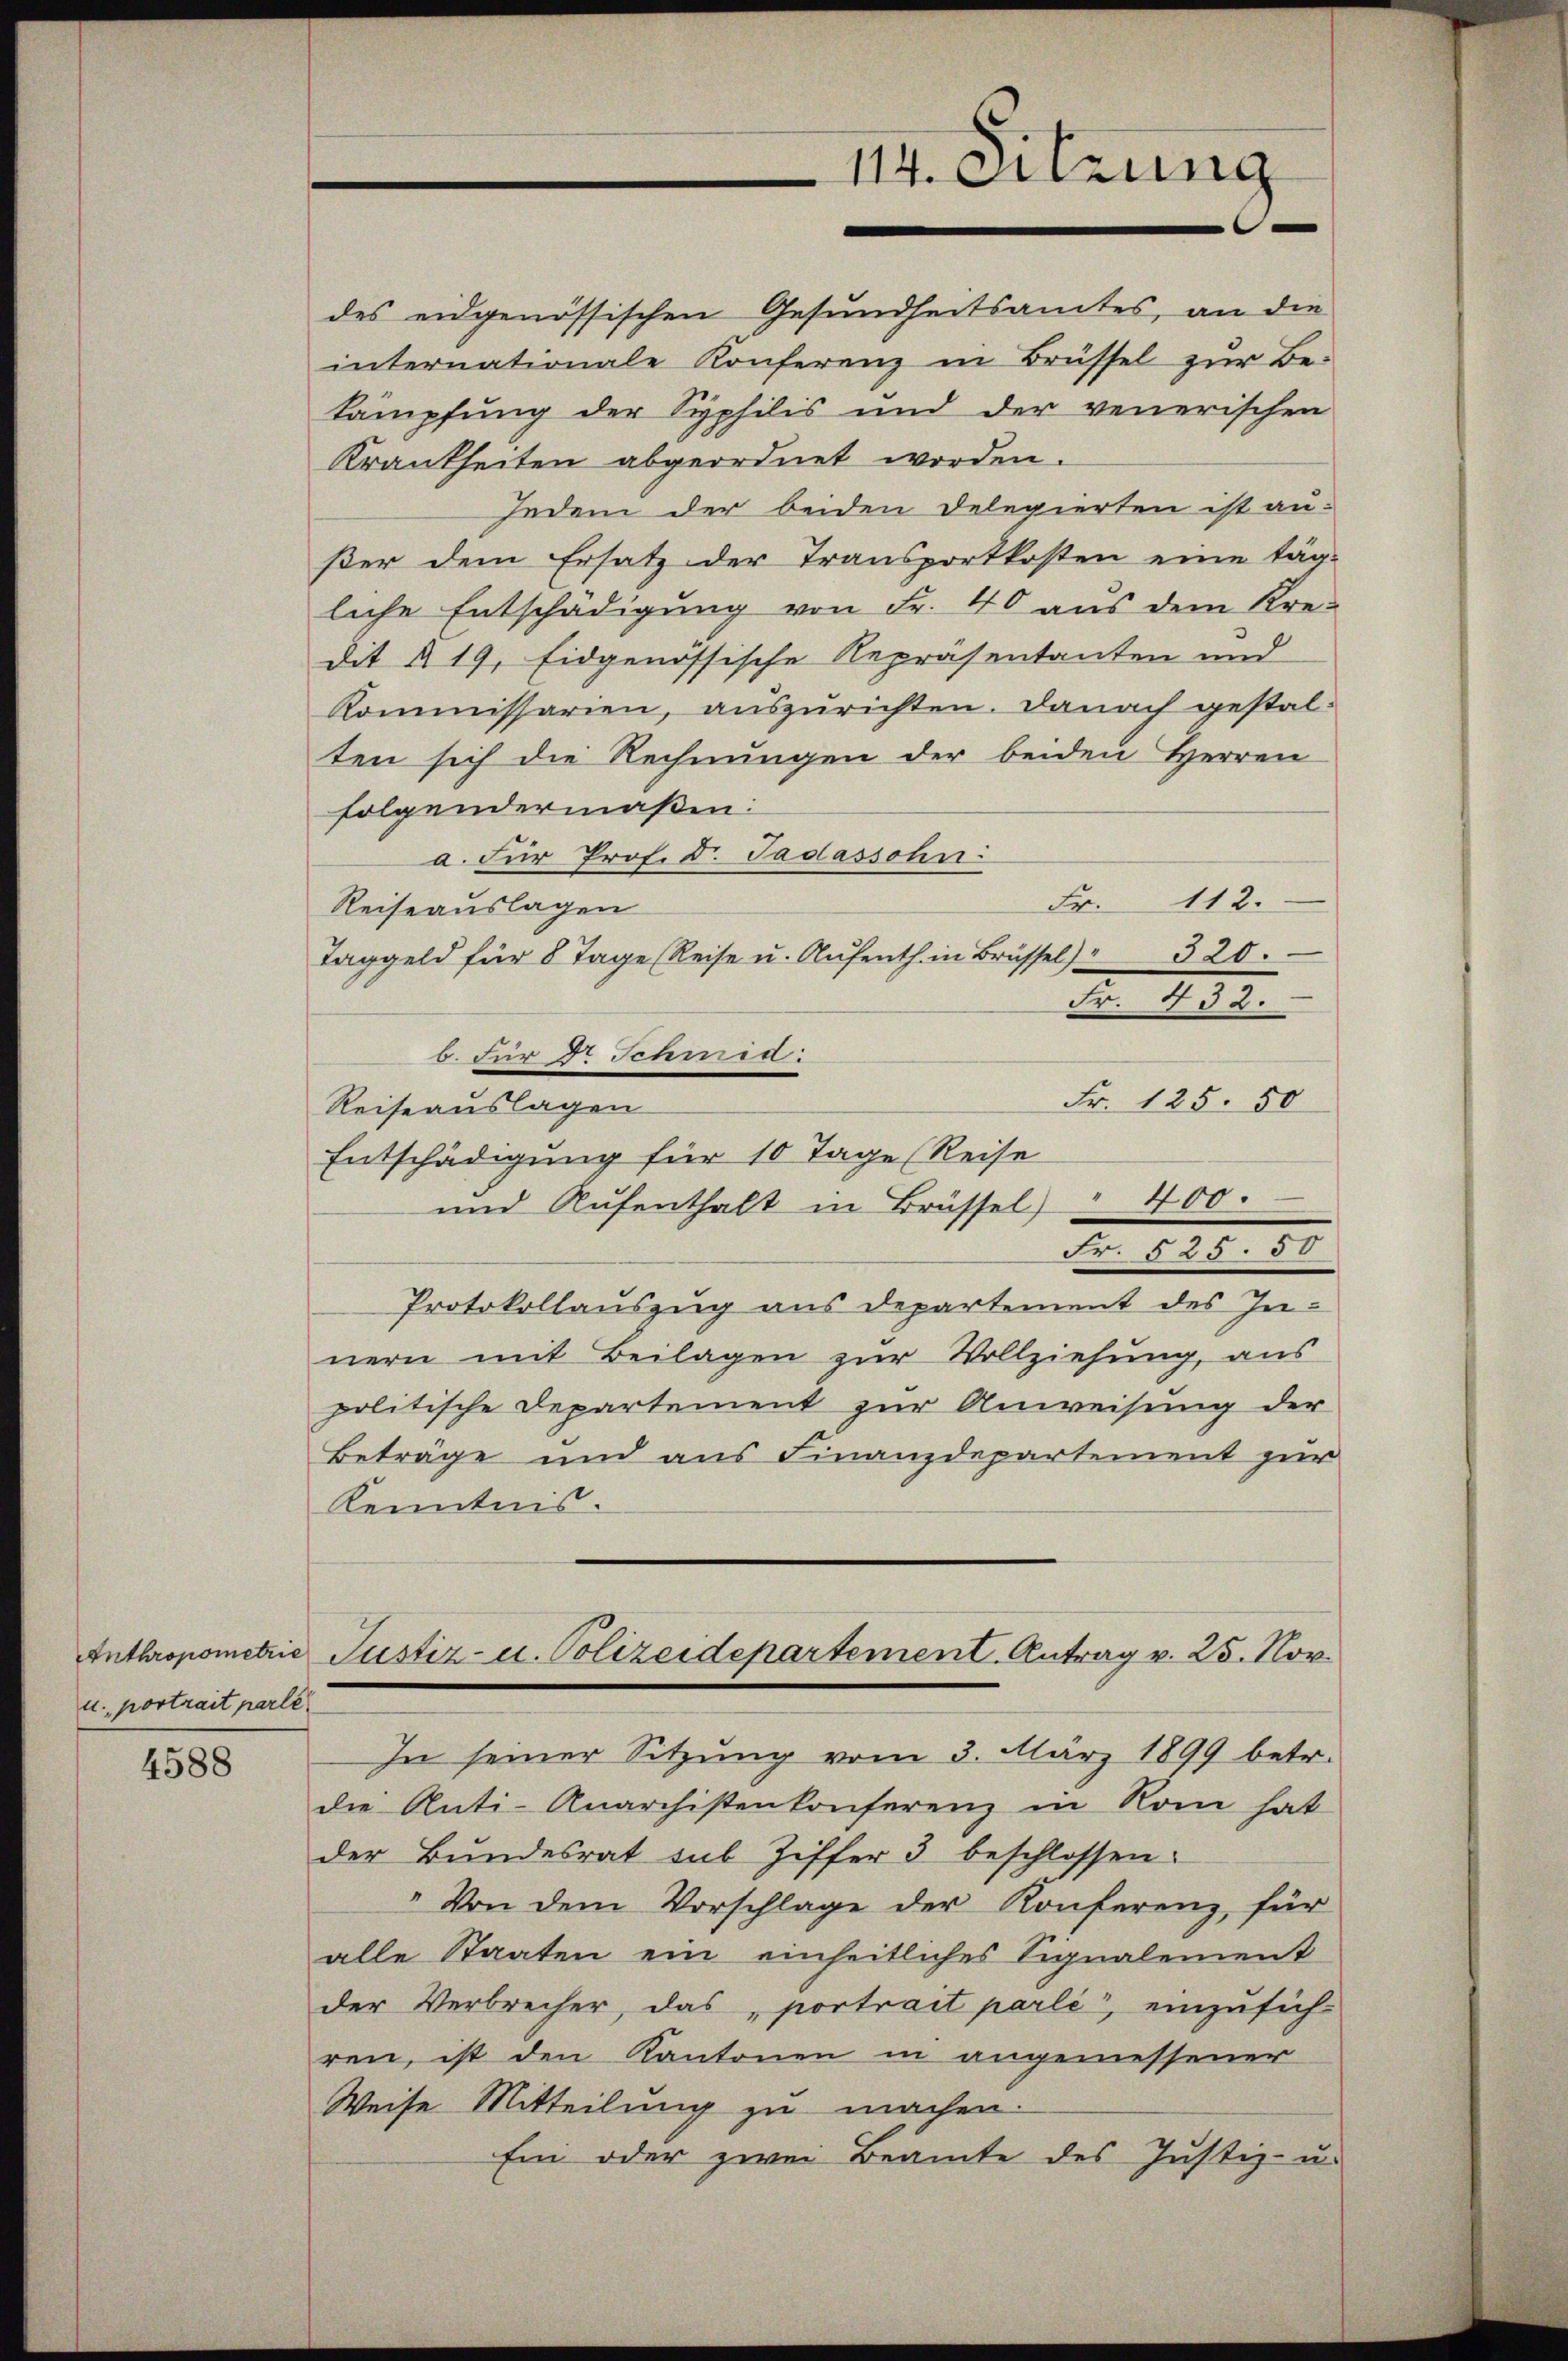
Anthropometrie
u. portrait parle

4588

des eidgenössischen Gesundheitsamtes, an die
internationale Konferenz in Brüssel zur Be-
lampfung der Syphilis und der venerischen
Krankheiten abgeordnet worden.
Jedem der beiden Delegierten ist an-
ßer dem Ersatz der Transportkosten eine tägliche Entschädigung von Fr. 40 aus dem Kre-
dit § 19, Eidgenössische Repräsentanten und
Kommissarien, auszurichten. Danach gestalten sich die Rechnungen der beiden Herren
folgendermaßen:
a. Für Prof. Dr. Jadassohn
112.
Fer
Reiseauslagen
Taggeld für 8 Tage (Reise u. Aŭfenth. in Brüssel) " 320.
Fr. 432.
6. Für d. Jennen:
Fr. 125. 50
Reiseauslagen
Entschädigung für 10 Tage (Reise
und Aufenthalt in Brüssel " 400.
Fr. 525. 50
Protokollauszug aus Departement des Innern mit Beilagen zur Vollziehung, aus
politische Departement zur Anweisung der
Beträge und aus Finanzdepartement zur
Kenntnis.
Justiz- u. Polizeidepartement. Antrag v. 25. Nov.
In seiner Sitzung vom 3. März 1899 betr.
die Anti-Anarchistenkonferenz in Rom hat
der Bundesrat sub Ziffer 3 beschlossen.
"Von dem Vorschlage der Konferenz für
alle Staaten ein einheitliches Signalement
der Verbrecher, das, portrait parli, einzusich-
ren, ist den Kantonen in angemessener
Weise Mitteilung zu machen.
Ein oder zwei Beamte des Justiz- u.

114. Sitzung